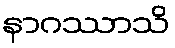
နာဂဿာသိ